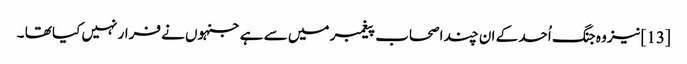
[13]نیز وہ جنگ اُحد کے ان چند اصحاب پیغمبر میں سے ہے جنہوں نے فرار نہیں کیا تھا ۔